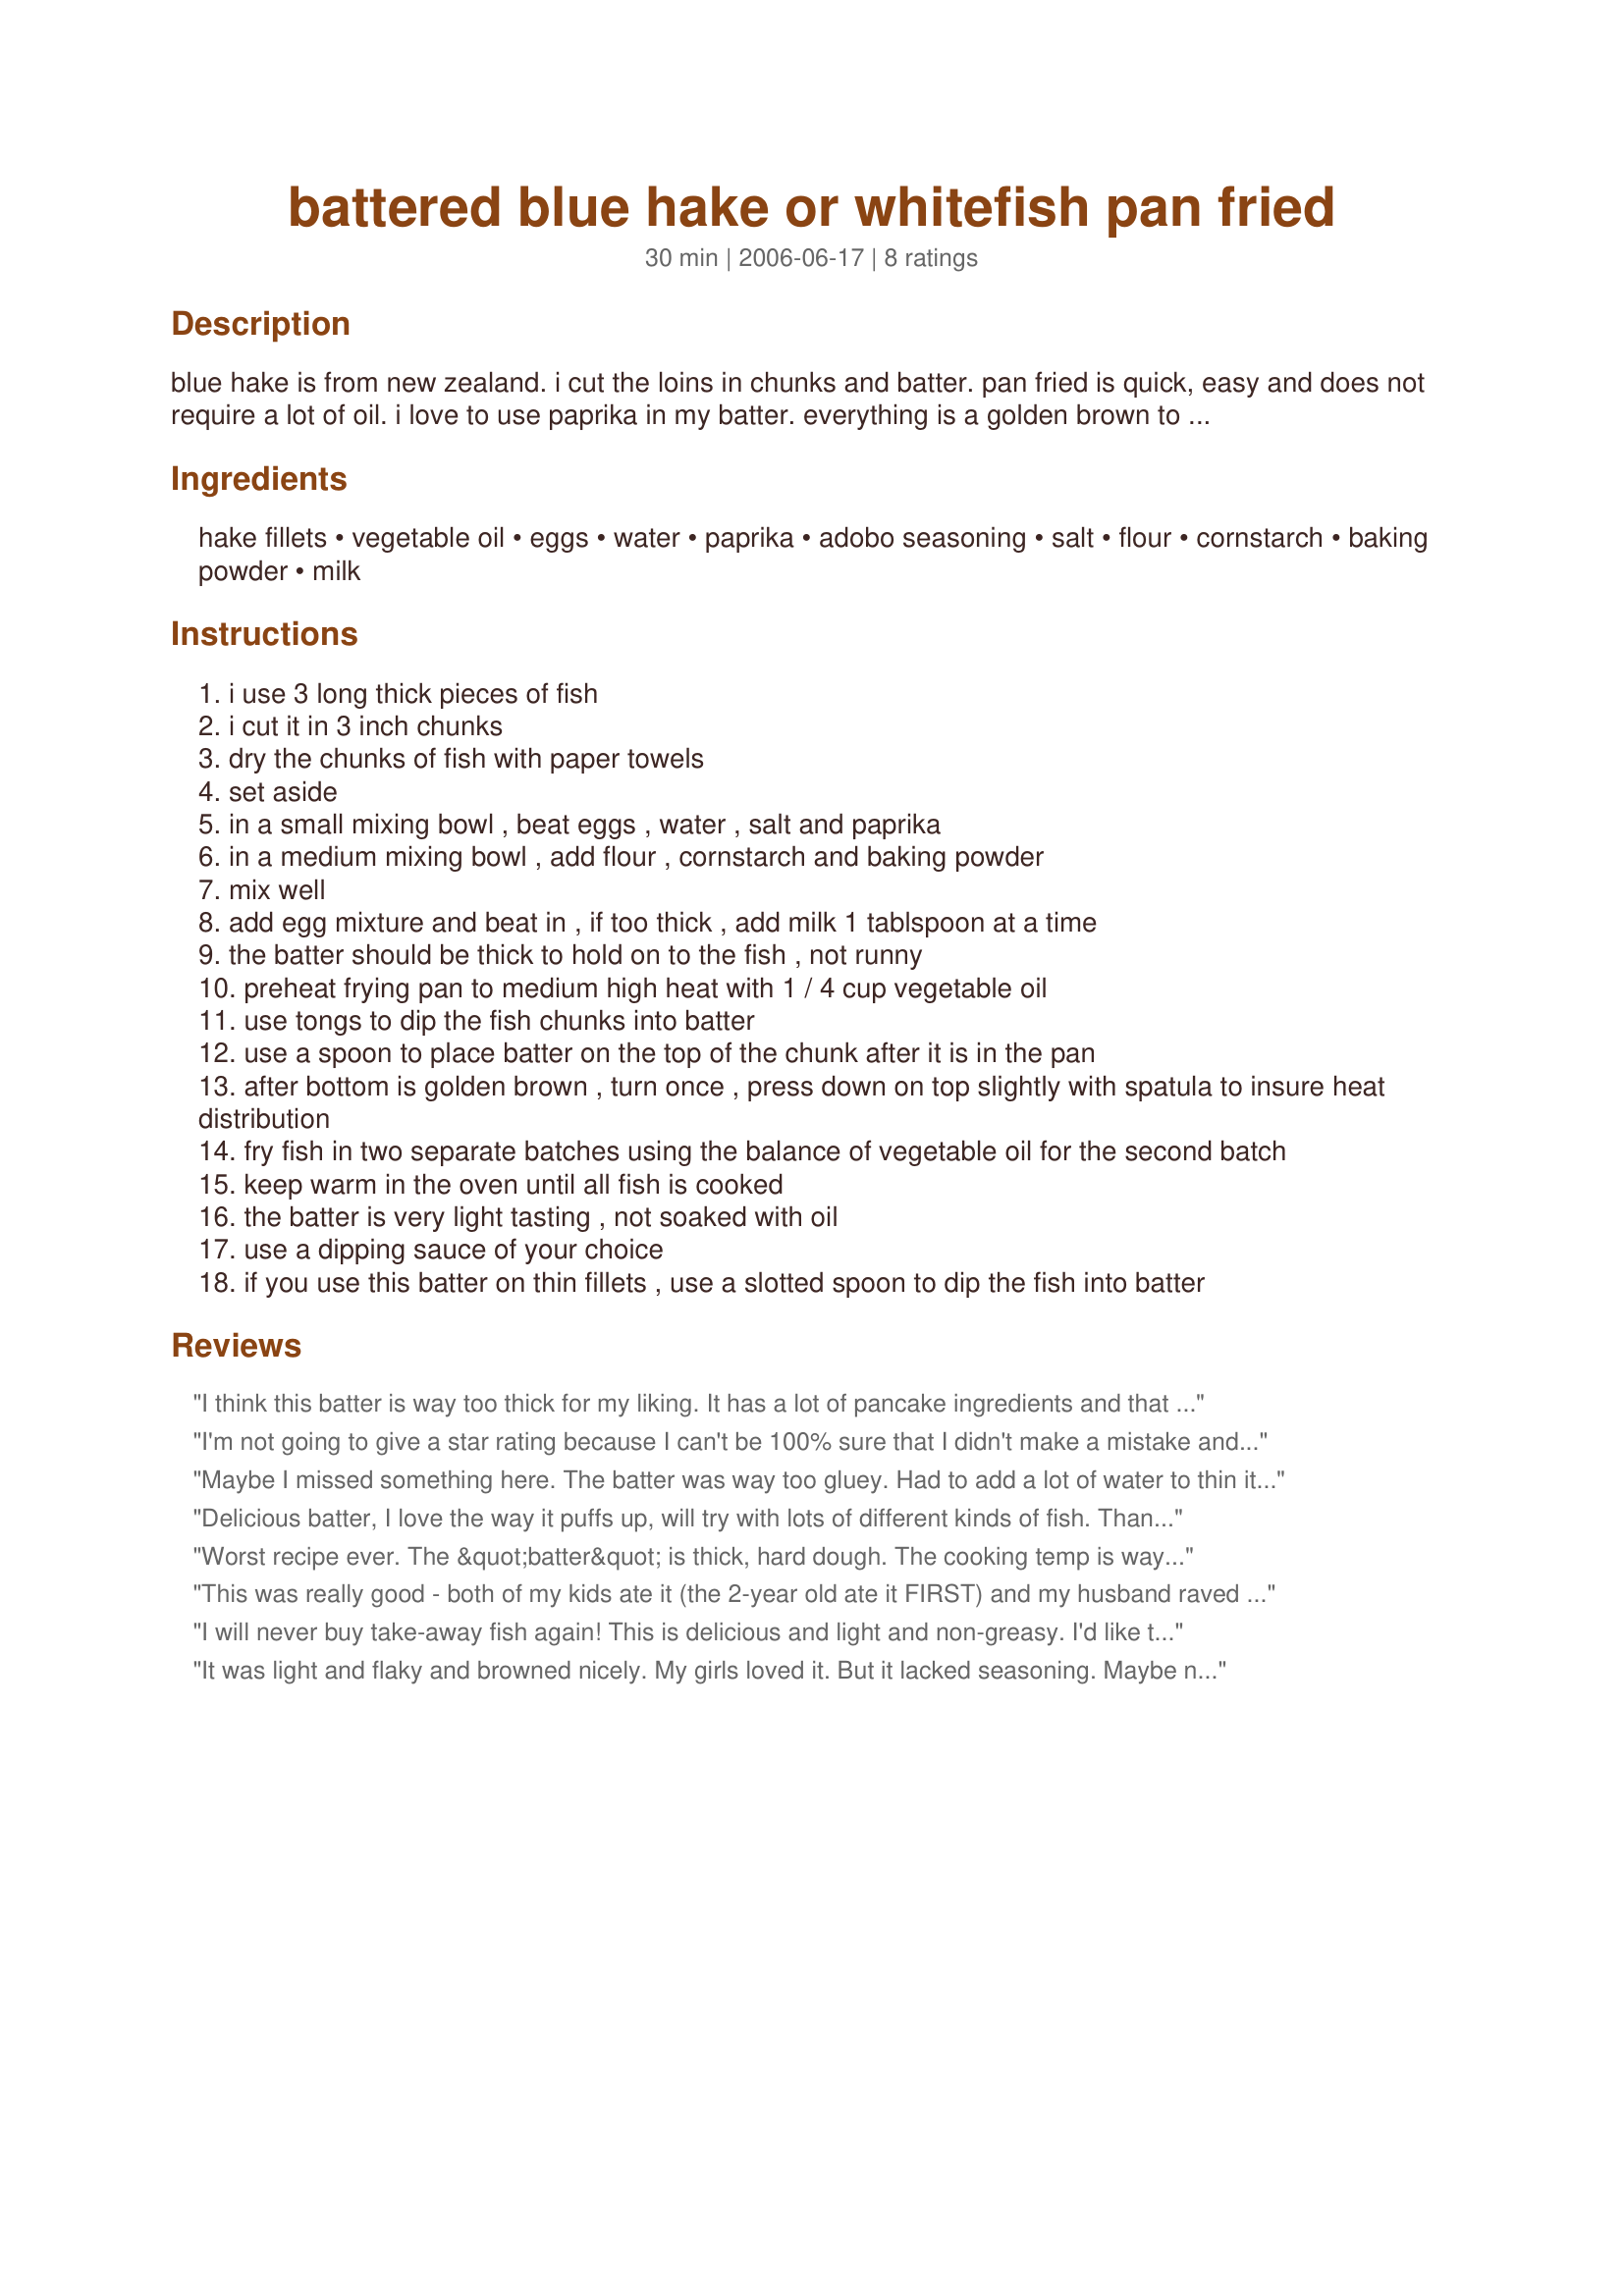
battered blue hake or whitefish pan fried
Preparation time: 30 minutes

blue hake is from new zealand. i cut the loins in chunks and batter. pan fried is quick, easy and does not require a lot of oil. i love to use paprika in my batter. everything is a golden brown to deep brown and very light tasting.note: do not forget the water in the eggs and you may have to use more milk if you want the batter thinner but if you do it may not cover the fish, it may run off. depending on your altitude is determining the amount of time to cook. if you want more spicy then add caynne pepper to the batter or other peppery spices.

Ingredients:
hake fillets, vegetable oil, eggs, water, paprika, adobo seasoning, salt, flour, cornstarch, baking powder, milk

Steps:
i use 3 long thick pieces of fish
i cut it in 3 inch chunks
dry the chunks of fish with paper towels
set aside
in a small mixing bowl , beat eggs , water , salt and paprika
in a medium mixing bowl , add flour , cornstarch and baking powder
mix well
add egg mixture and beat in , if too thick , add milk 1 tablspoon at a time
the batter should be thick to hold on to the fish , not runny
preheat frying pan to medium high heat with 1 / 4 cup vegetable oil
use tongs to dip the fish chunks into batter
use a spoon to place batter on the top of the chunk after it is in the pan
after bottom is golden brown , turn once , press down on top slightly with spatula to insure heat distribution
fry fish in two separate batches using the balance of vegetable oil for the second batch
keep warm in the oven until all fish is cooked
the batter is very light tasting , not soaked with oil
use a dipping sauce of your choice
if you use this batter on thin fillets , use a slotted spoon to dip the fish into batter

Reviews:
I think this batter is way too thick for my liking. It has a lot of pancake ingredients and that is kind of what it tastes like. Pancake on top of fish. Needs Repaired!!
I'm not going to give a star rating because I can't be 100% sure that I didn't make a mistake and I did not get to try the results. The batter was SO thick that I could barely incorporate all the flour mixture and had to add way more than a couple of tablespoons of milk. I thinned it with more milk and extra water to the point that I didn't feel comfortable adding more, but it was still very thick. When I put the dipped fish into the pan (with plenty of oil), it immediately stuck to the bottom, and when I tried to turn the fish, all the batter just peeled off. Sadly, it made enough of a mess that I couldn't keep cooking the fish, and the entire batch was completely ruined (really makes me want to cry - all that fish wasted). I don't know, maybe I would have had better luck if I'd used my deep fryer instead.
Maybe I missed something here. The batter was way too gluey. Had to add a lot of water to thin it out to the point where it was usable. Dish looked pretty, but was bland as could be. Tasted like a piece of fish wrapped in a pancake, which is basically what it is. This is my first time working with hake. I think next time I'll use one of my tried-and-true tilapia recipes substituting hake.
Delicious batter, I love the way it puffs up, will try with lots of different kinds of fish. Thank you for posting!
Worst recipe ever. The &quot;batter&quot; is thick, hard dough. The cooking temp is way too high - burning the batter, leaving the fish raw. (This was after adding more liquid so I could dip the fish in the batter at all.) We resorted to frozen pizza for dinner after throwing this out. I&#039;ve never had such a bad experience with an online recipe till now.
This was really good - both of my kids ate it (the 2-year old ate it FIRST) and my husband raved about it! I used red snapper fillets but we'll be picking up whatever good fish is on sale next time to make this again! I only had about 1/2 lb of fish so I halved the batter recipe... and made a few "pancakes" with some of the rest!
I will never buy take-away fish again! This is delicious and light and non-greasy. I'd like to try it with prawns.
Eleanor, South Africa
It was light and flaky and browned nicely. My girls loved it. But it lacked seasoning. Maybe next time I would salt and pepper the fish before hand. A good recipe for the batter though. Thank you
